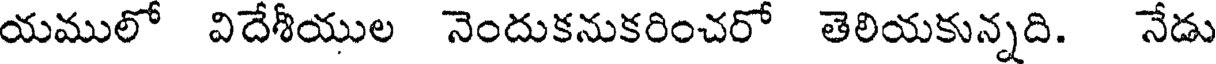
యములో విదేశీయుల నెందుకనుకరించరో తెలియకున్నది. నేడు